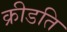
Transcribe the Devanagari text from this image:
क्रीडति